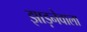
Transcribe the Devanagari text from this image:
झाड़नेवाला